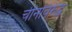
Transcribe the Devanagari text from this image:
चीनविरुद्ध